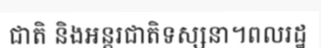
ជាតិ និងអន្តរជាតិទស្សនា។ពលរដ្ឋ